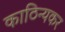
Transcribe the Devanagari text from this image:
काठिन्यकर